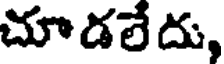
చూడలేదు,